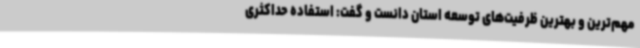
مهم‌ترین و بهترین ظرفیت‌های توسعه استان دانست و گفت: استفاده حداکثری